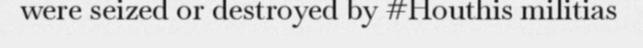
were seized or destroyed by #Houthis militias